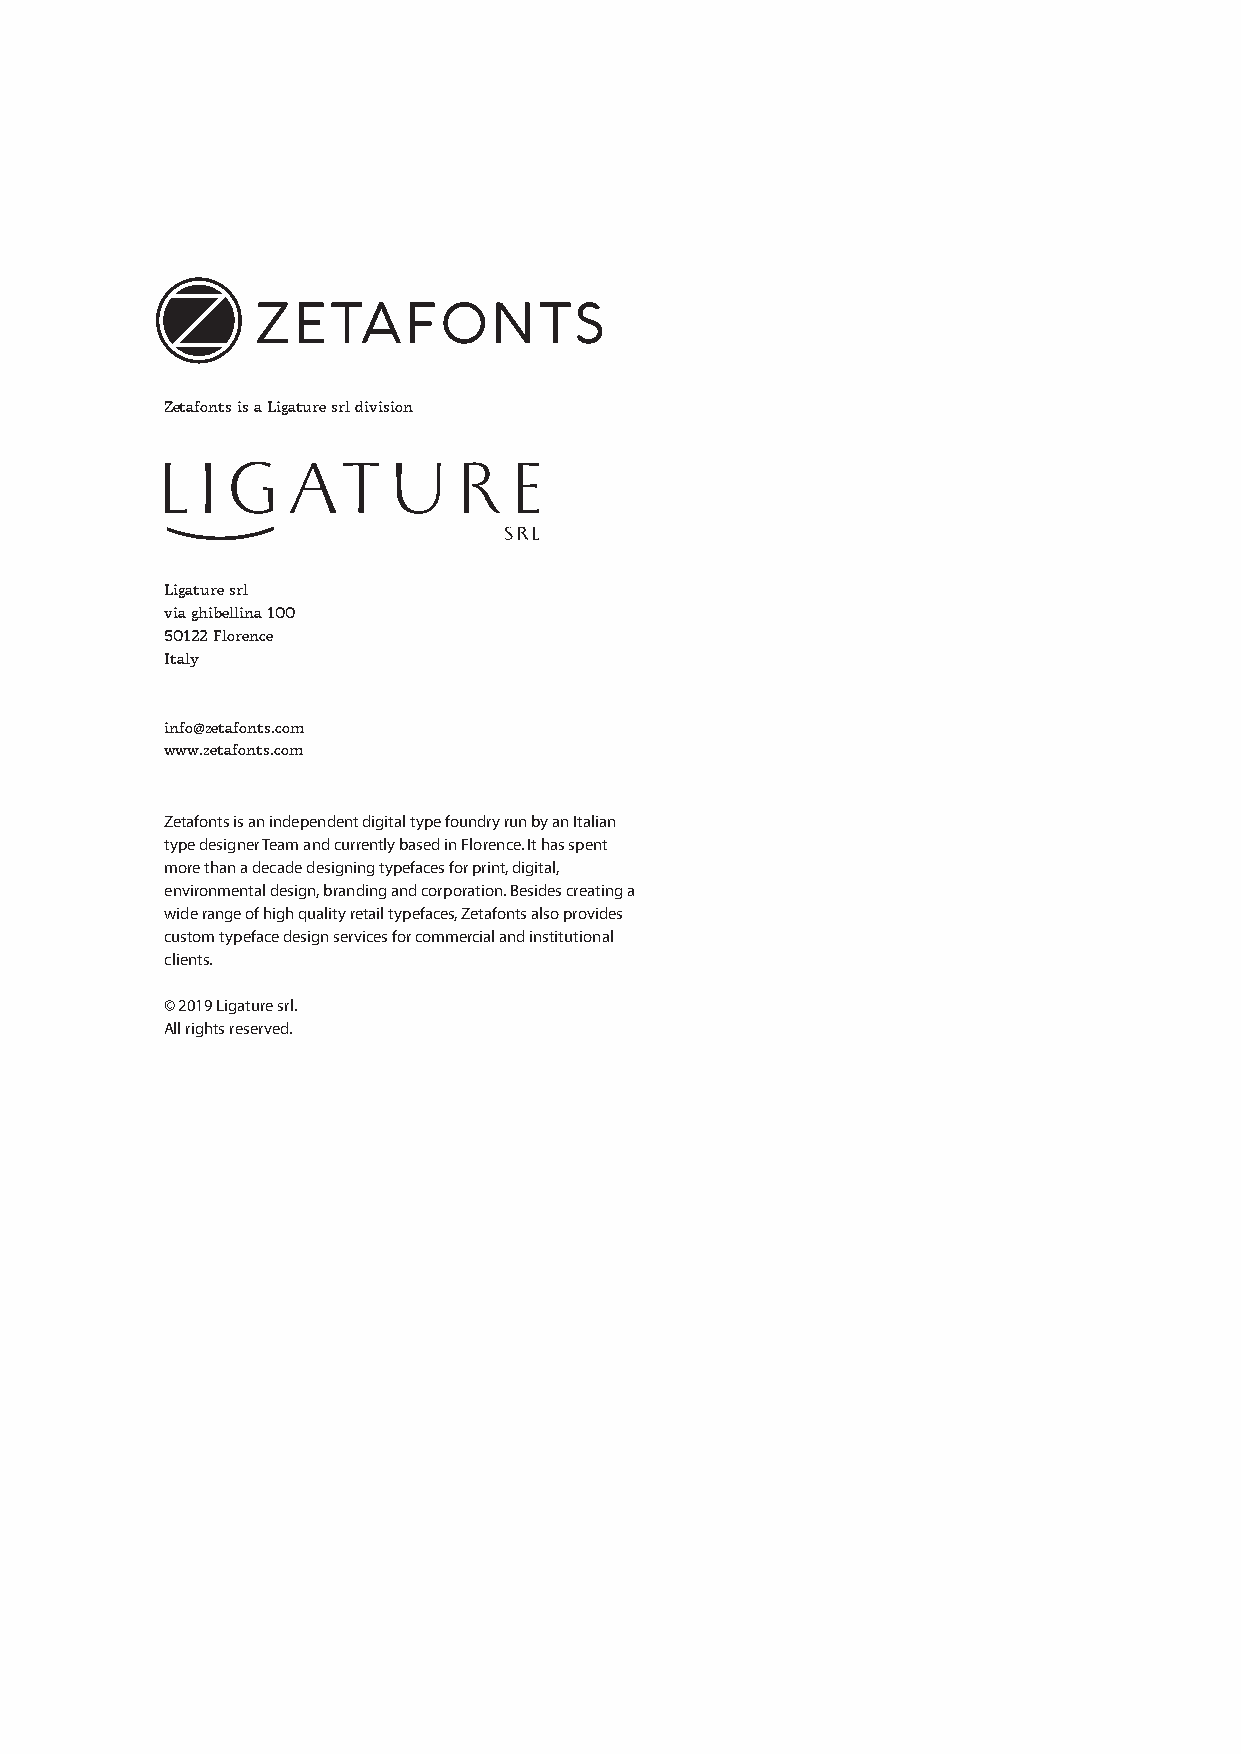
Zetafonts is a Ligature srl division
 Ligature srl
 via ghibellina 100
 50122 Florence
 Italy
 info@zetafonts.com
 www.zetafonts.com
 Zetafonts is an independent digital type foundry run by an Italian
 type designer Team and currently based in Florence. It has spent
 more than a decade designing typefaces for print, digital,
 environmental design, branding and corporation. Besides creating a
 wide range of high quality retail typefaces, Zetafonts also provides
 custom typeface design services for commercial and institutional
 clients.
 © 2019 Ligature srl.
 All rights reserved.